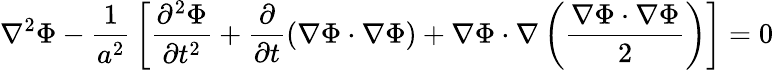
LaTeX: \nabla^{2}\Phi-{\frac{1}{a^{2}}}\left[{\frac{\partial^{2}\Phi}{\partial t^{2}}}+{\frac{\partial}{\partial t}}(\nabla\Phi\cdot\nabla\Phi)+\nabla\Phi\cdot\nabla\left({\frac{\nabla\Phi\cdot\nabla\Phi}{2}}\right)\right]=0